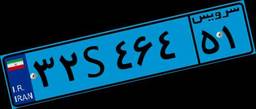
۲۷S۶۷۷۳۵